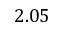
2 . 0 5